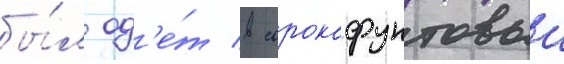
бы́л од'е́т в сорокафунтовыи